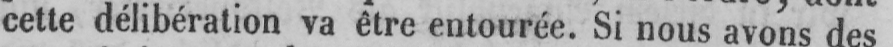
cette délibération va être entourée. Si nous avons des